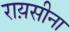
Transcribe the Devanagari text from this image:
राय़सीना